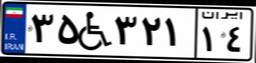
۳۵W۳۲۱۱۴